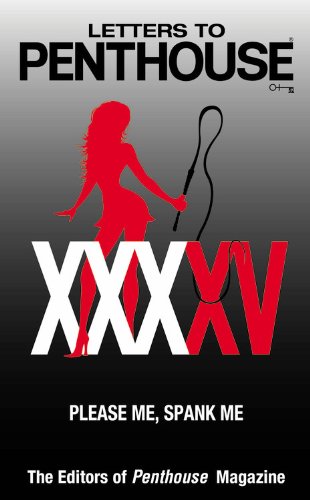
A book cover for Letters to Penthouse XXXXV: Please Me, Spank Me; Penthouse International; Romance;